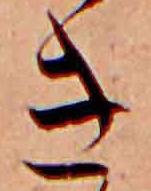
き